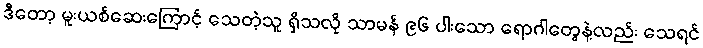
ဒီတော့ မူးယစ်ဆေးကြောင့် သေတဲ့သူ ရှိသလို သာမန် ၉၆ ပါးသော ရောဂါတွေနဲ့လည်း သေရင်